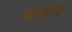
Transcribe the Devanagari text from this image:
संग्रंथन